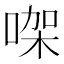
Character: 㗎